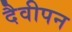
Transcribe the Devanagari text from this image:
दैवीपन